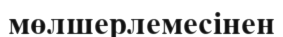
мөлшерлемесінен